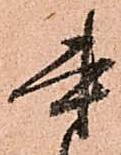
書